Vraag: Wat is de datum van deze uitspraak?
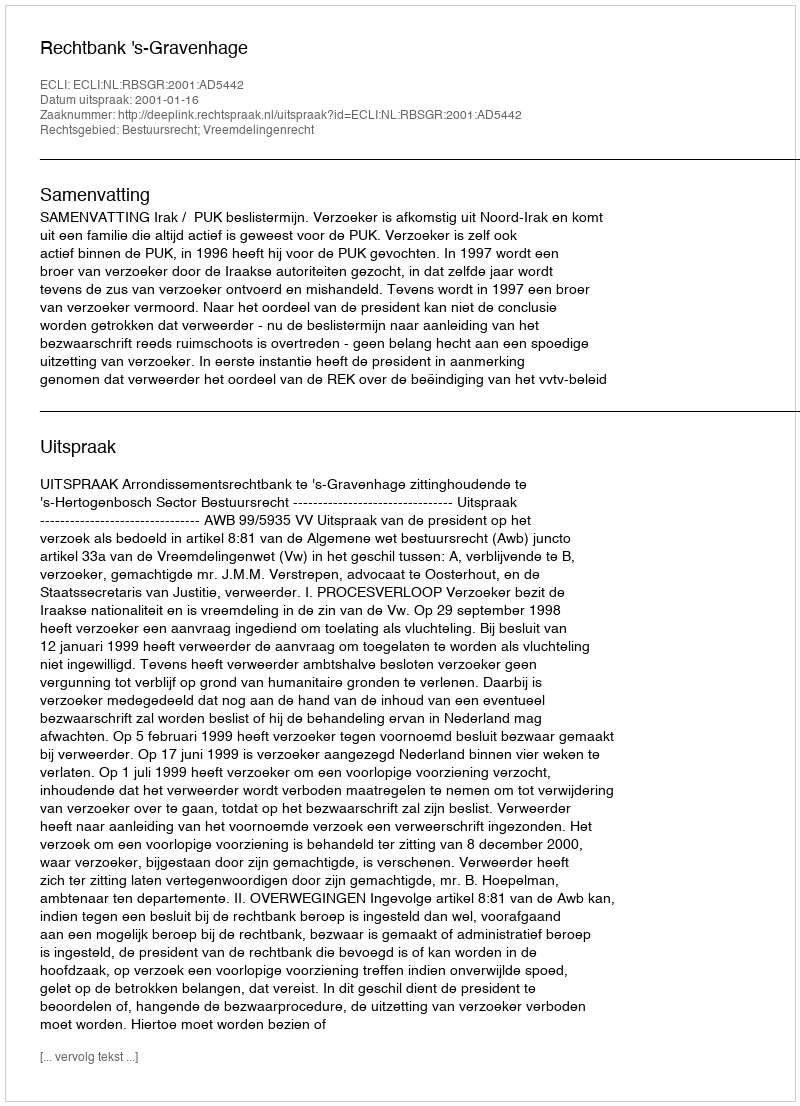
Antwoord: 2001-01-16